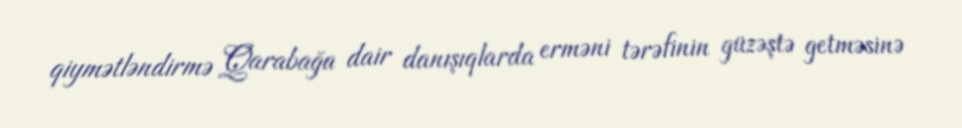
qiymətləndirmə Qarabağa dair danışıqlarda erməni tərəfinin güzəştə getməsinə